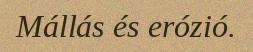
Mállás és erózió.